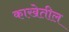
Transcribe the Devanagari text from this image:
काखेतील